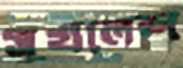
সুখলেশ